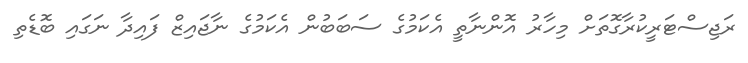
ރަޖިސްޓަރީކުރާގޮތަށް މިހާރު އޮންނާތީ އެކަމުގެ ސަބަބުން އެކަމުގެ ނާޖައިޒް ފައިދާ ނަގައި ބޮޑެތި